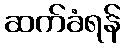
ဆက်ခံရန်